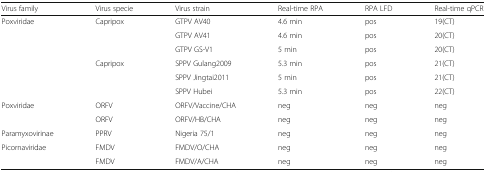
| Virus family | Virus specie | Virus strain | Real-time RPA | RPA LFD | Real-time qPCR |
 | --- | --- | --- | --- | --- | --- |
 | <ROWSPAN=6> Poxviridae | <ROWSPAN=3> Capripox | GTPV AV40 | 4.6 min | pos | 19(CT) |
 | GTPV AV41 | 4.6 min | pos | 20(CT) |
 | GTPV GS-V1 | 5 min | pos | 20(CT) |
 | <ROWSPAN=3> Capripox | SPPV Gulang2009 | 5.3 min | pos | 21(CT) |
 | SPPV Jingtai2011 | 5 min | pos | 21(CT) |
 | SPPV Hubei | 5.3 min | pos | 22(CT) |
 | <ROWSPAN=2> Poxviridae | ORFV | ORFV/Vaccine/CHA | neg | neg | neg |
 | ORFV | ORFV/HB/CHA | neg | neg | neg |
 | Paramyxovirinae | PPRV | Nigeria 75/1 | neg | neg | neg |
 | Picornaviridae | FMDV | FMDV/O/CHA | neg | neg | neg |
 |  | FMDV | FMDV/A/CHA | neg | neg | neg |